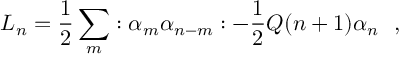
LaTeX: L _ { n } = \frac { 1 } { 2 } \sum _ { m } : \alpha _ { m } \alpha _ { n - m } : - \frac { 1 } { 2 } { \cal Q } ( n + 1 ) \alpha _ { n } ~ ~ ,